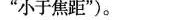
”小于焦距”)。